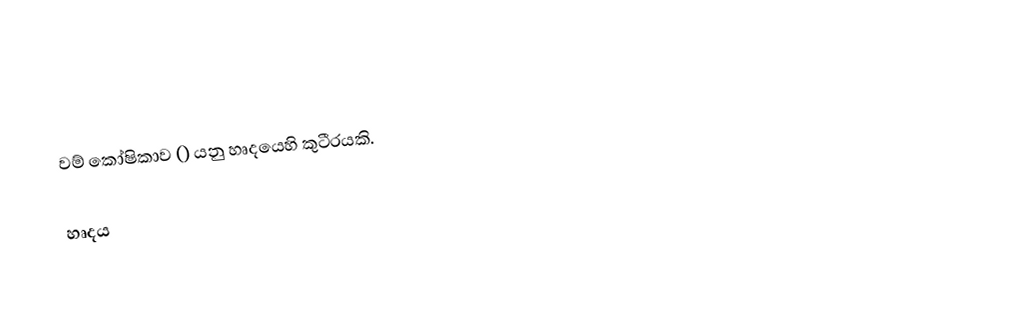
වම් කෝෂිකාව () යනු හෘදයෙහි කුටීරයකි.

හෘදය